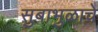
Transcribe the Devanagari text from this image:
सुबाभुळाचे